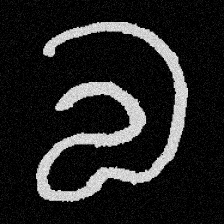
Pyu character \u2014 Myanmar letter: လ (romanized: la)